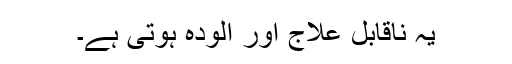
یہ ناقابل علاج اور آلودہ ہوتی ہے۔